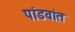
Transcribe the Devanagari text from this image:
पांडवांत